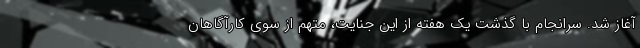
آغاز شد. سرانجام با گذشت یک هفته از این جنایت، متهم از سوی کارآگاهان